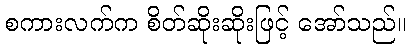
စကားလက်က စိတ်ဆိုးဆိုးဖြင့် အော်သည်။